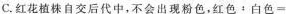
C.红花植株自交后代中，不会出现粉色，红色:白色=